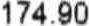
174.90